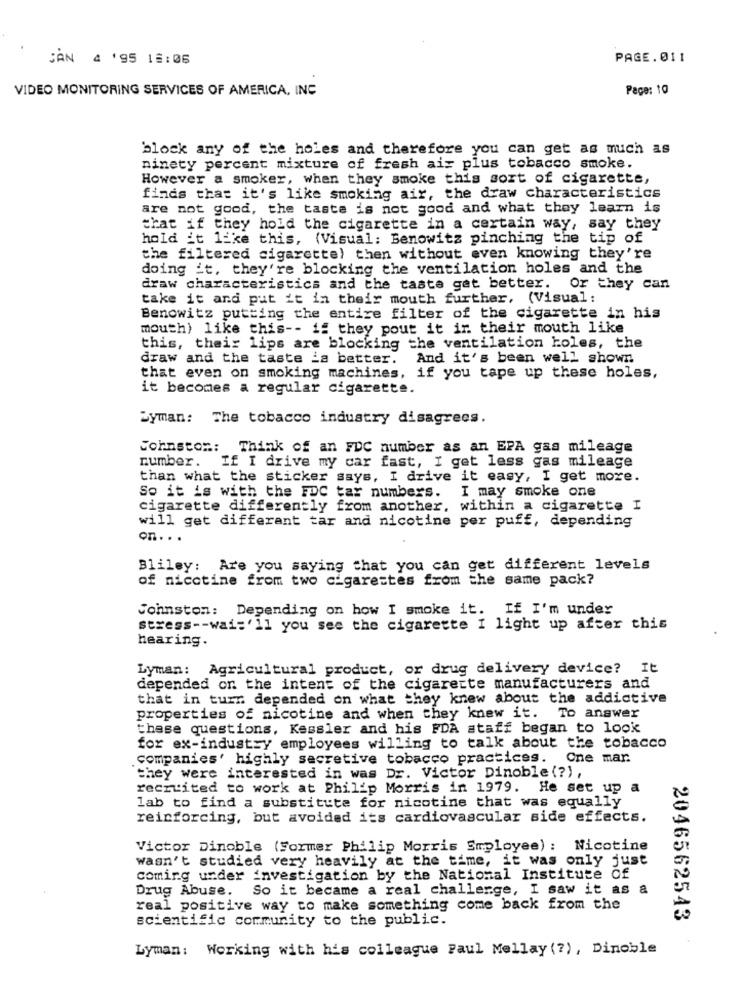
CAN 4 '95 16:06
PAGE.011
VIDEO MONITORING SERVICES OF AMERICA, INC
Page: 10
block any of the holes and therefore you can get as much as
ninety percent mixture of fresh air plus tobacco smoke.
However a smoker, when they smoke this sort of cigarette,
finds that it's like smoking air, the draw characteristics
are not good, the taste is not good and what they learn is
that if they hold the cigarette in a certain way, say they
hold it like this, (Visual: Benowitz pinching the tip of
the filtered cigarette) then without even knowing they're
doing it, they're blocking the ventilation holes and the
draw characteristics and the taste get better. Or they can
take it and put it in their mouth further, (Visual :
Benowitz putting the entire filter of the cigarette in his
mouth) like this -- if they pout it ir their mouth like
this, their lips are blocking the ventilation holes, the
draw and the taste _a better.
And it's been well shown
that even on smoking machines, if you tape up these holes,
it becomes a regular cigarette.
Syman: The tobacco industry disagrees.
Johnston: Think of an FDC number as an EPA gas mileage
number. If I drive my car fast, I get less gas mileage
than what the sticker says, I drive it easy, I get more.
So it is with the FDC tar numbers.
I may smoke one
cigarette differently from another, within a cigarette I
will get differant tar and nicotine per puff, depending
on ...
Bliley: Are you saying that you can get different levels
of nicotine from two cigarettes from the same pack?
Johnston: Depending on how I smoke it. If I'm under
stress -- wai:'ll you see the cigarette I light up after this
hearing.
Lyman: Agricultural product, or drug delivery device? It
depended on the intent of the cigarette manufacturers and
that in turn depended on what they knew about the addictive
properties of nicotine and when they knew it. To answer
these questions, Kessler and his FDA staff began to look
for ex-industry employees willing to talk about the tobacco
companies' highly secretive tobacco practices. One mar.
they were interested in was Dr. Victor Dinoble (?),
recruited to work at Philip Morris in 1979. He set up a
lab to find a substitute for nicotine that was equally
reinforcing, but avoided its cardiovascular side effects.
Victor Dinoble (Former Philip Morris Employee) : Nicotine
wasn't studied very heavily at the time, it was only just
coming under investigation by the National Institute Of
Drug Abuse.
So it became a real challenge, I saw it as a
real positive way to make something come back from the
scientific community to the public.
2046562543
Lyman: Working with his colleague Paul Mellay (?), Dinoble